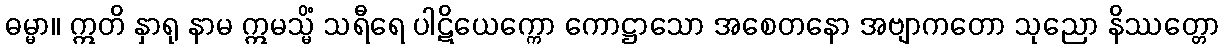
ဓမ္မာ။ ဣတိ နှာရု နာမ ဣမသ္မိံ သရီရေ ပါဋိယေက္ကော ကောဋ္ဌာသော အစေတနော အဗျာကတော သုညော နိဿတ္တော